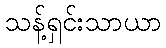
သန့်ရှင်းသာယာ